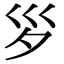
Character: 𡿪